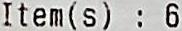
ITEM(S) : 6